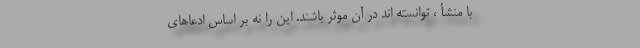
با منشأ ، توانسته اند در آن موثر باشند. این را نه بر اساس ادعاهای